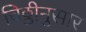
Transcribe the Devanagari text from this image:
चिठ्ठीनुसार